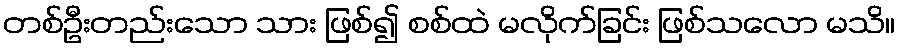
တစ်ဦးတည်းသော သား ဖြစ်၍ စစ်ထဲ မလိုက်ခြင်း ဖြစ်သလော မသိ။